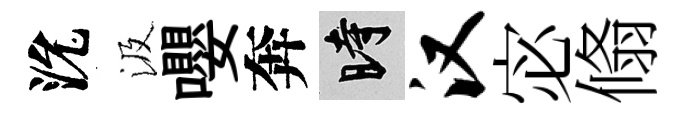
沇汲嚶奔时汉宓翛